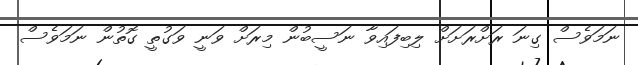
ނަމަވެސް ގިނަ ރަށްރަށަށް ލިބިފައިވާ ނަސީބުން މިރަށް ވަނީ ވަގުތީ ގޮތުން ނަމަވެސް